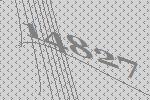
14827